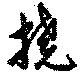
撓